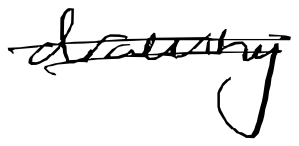
Text: drawing
Cross-out: double-line
Writing tool: digital_black